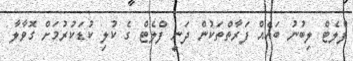
ފްލެޓް ލިބުނު ބައެއް ފަރާތްތަކުން ދަނީ ފްލެޓް ގެ ކުލި ކުޑަކުރުމަށް ގޮވާލާ